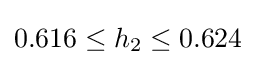
0.616\leq h_{2}\leq 0.624